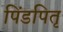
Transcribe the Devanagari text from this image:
पिंडपितृ